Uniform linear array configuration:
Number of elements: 48
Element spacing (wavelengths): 0.75
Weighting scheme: hann
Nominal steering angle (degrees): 30
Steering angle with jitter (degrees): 28.158
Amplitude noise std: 0.05
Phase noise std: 0.05

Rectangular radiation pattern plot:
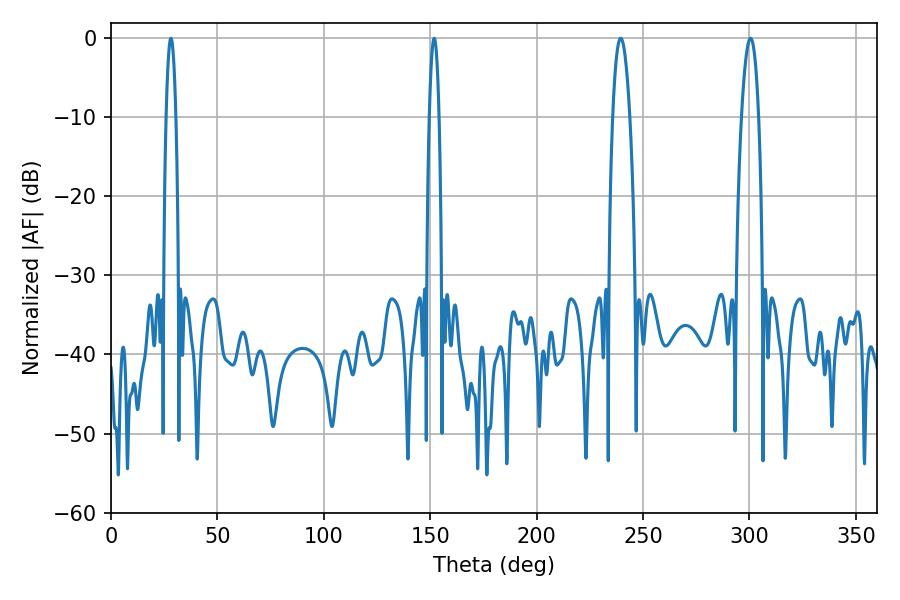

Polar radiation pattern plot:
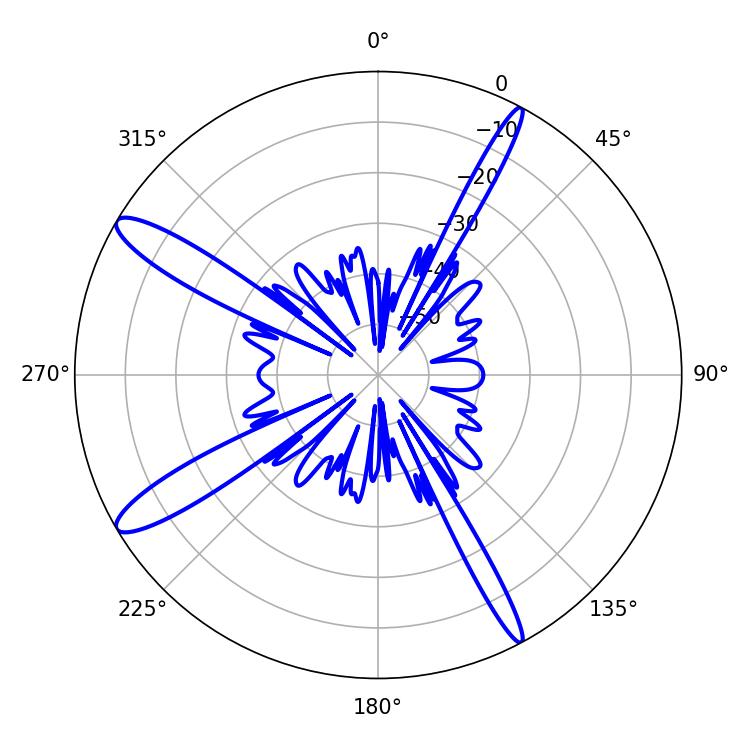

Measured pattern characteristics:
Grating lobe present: TRUE
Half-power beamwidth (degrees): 4.32
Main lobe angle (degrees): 300.42